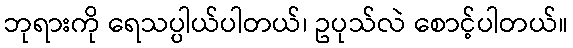
ဘုရားကို ရေသပ္ပါယ်ပါတယ်၊ ဥပုသ်လဲ စောင့်ပါတယ်။